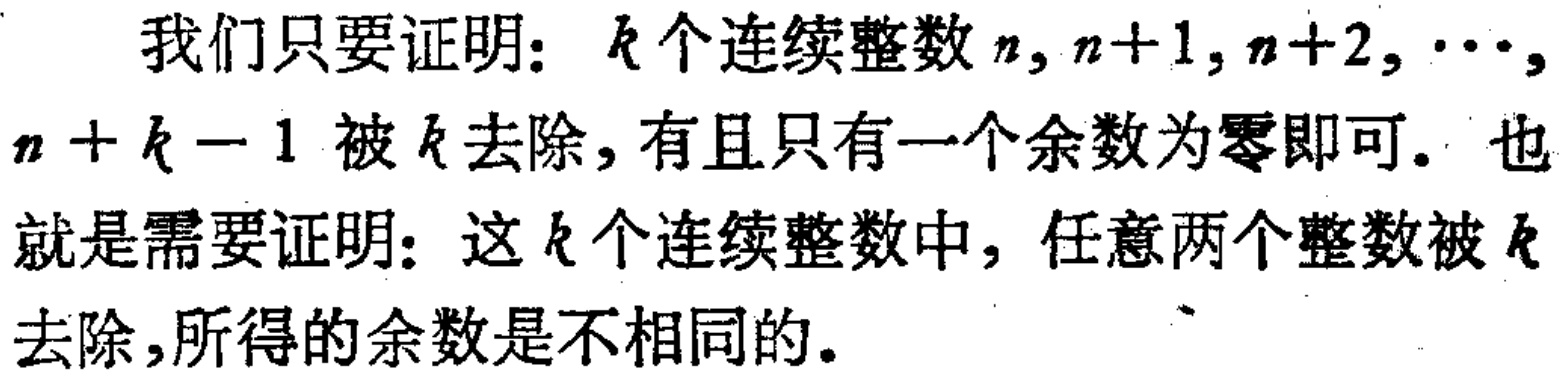
我们只要证明：\(k\)个连续整数\(n,n + 1,n + 2,\cdots,n + k - 1\)被\(k\)去除，有且只有一个余数为零即可。也就是需要证明：这\(k\)个连续整数中，任意两个整数被\(k\)去除，所得的余数是不相同的。